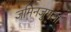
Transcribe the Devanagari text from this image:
जमिनजुमला